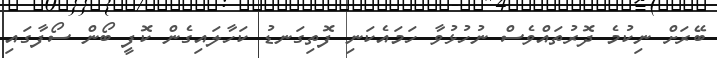
ބޭރަށް ނިކުމެ ދޮރުތައްވެސް ނުހުޅުވާ ހަމައެކަނި ފޮތިގަނޑު ކަހާލައިގެން ކޮފީ ބޯން ސޯފާގައި